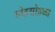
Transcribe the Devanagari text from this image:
स्नेहसोहळा